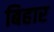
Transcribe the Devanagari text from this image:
बिहार